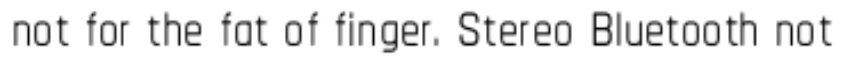
not for the fat of finger. Stereo Bluetooth not